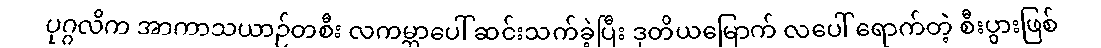
ပုဂ္ဂလိက အာကာသယာဉ်တစီး လကမ္ဘာပေါ် ဆင်းသက်ခဲ့ပြီး ဒုတိယမြောက် လပေါ် ရောက်တဲ့ စီးပွားဖြစ်